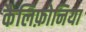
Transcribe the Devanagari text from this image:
कैलिफ़ोनिया